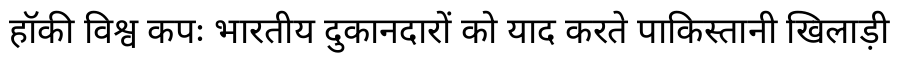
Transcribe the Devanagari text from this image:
हॉकी विश्व कपः भारतीय दुकानदारों को याद करते पाकिस्तानी खिलाड़ी